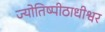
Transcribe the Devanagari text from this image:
ज्योतिष्पीठाधीश्वर